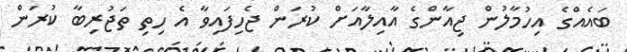
ބައެއްގެ އިހުމާލުން ޖިއާންގެ އާއިލާއަށް ކުރަން ޖެހިފައިވާ އެ ހިތި ތަޖުރިބާ ކުރަން